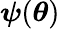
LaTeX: {\boldsymbol{\psi}}({\boldsymbol{\theta}})